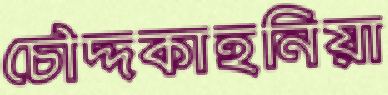
চৌদ্দকাহনিয়া